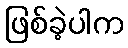
ဖြစ်ခဲ့ပါက